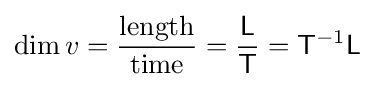
\operatorname {dim} v={\frac {\text{length}}{\text{time}}}={\frac {\mathsf {L}}{\mathsf {T}}}={\mathsf {T}}^{-1}{\mathsf {L}}